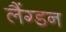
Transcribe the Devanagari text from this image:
लैंग्डन